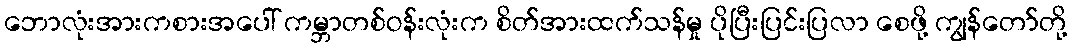
ဘောလုံးအားကစားအပေါ် ကမ္ဘာတစ်ဝန်းလုံးက စိတ်အားထက်သန်မှု ပိုပြီးပြင်းပြလာ စေဖို့ ကျွန်တော်တို့